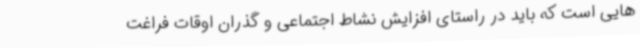
هایی است که باید در راستای افزایش نشاط اجتماعی و گذران اوقات فراغت